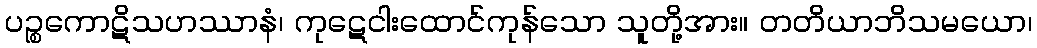
ပဉ္စကောဋိသဟဿာနံ၊ ကုဋေငါးထောင်ကုန်သော သူတို့အား။ တတိယာဘိသမယော၊